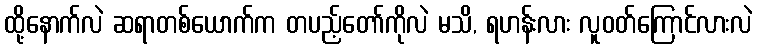
ထို့နောက်လဲ ဆရာတစ်ယောက်က တပည့်တော်ကိုလဲ မသိ, ရဟန်းလား လူဝတ်ကြောင်လားလဲ